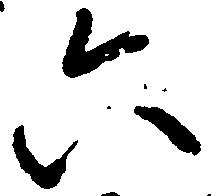
六